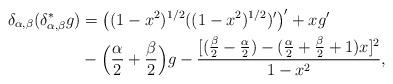
LaTeX: \begin{align*}\delta_{\alpha,\beta} ( \delta_{\alpha,\beta}^*g) &=\big( (1-x^2)^{1/2} ((1-x^2)^{1/2})' \big)'+xg' \\&-\Big(\frac{\alpha}{2}+\frac{\beta}{2}\Big)g -\frac{ [(\frac{\beta}{2}- \frac{\alpha}{2})-(\frac{\alpha}{2}+\frac{\beta}{2}+1)x]^2}{1-x^2},\end{align*}